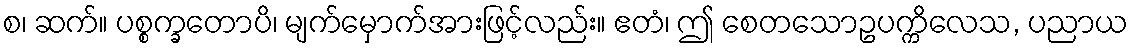
စ၊ ဆက်။ ပစ္စက္ခတောပိ၊ မျက်မှောက်အားဖြင့်လည်း။ ဧတံ၊ ဤ စေတသောဥပက္ကိလေသ, ပညာယ